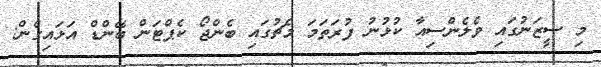
މި ސީޒަނުގައި ވެލެންސިއާ ކުޅުނު ފުރަތަމަ މެޗުގައި ބެންޖޯ ކެޕްޓަން ބޭންޑް އަޅައިގެން: